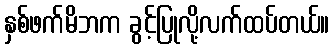
နှစ်ဖက်မိဘက ခွင့်ပြုလို့လက်ထပ်တယ်။